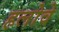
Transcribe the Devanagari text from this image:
हलोवे